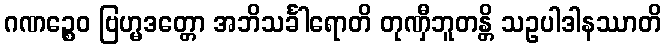
ဂဏဉ္စေဝ ဗြဟ္မဒတ္တော အဘိသင်္ခါရောတိ တုဏှီဘူတန္တိ သဥပါဒါနဿာတိ